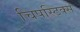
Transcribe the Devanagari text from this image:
चिपस्टिक्स